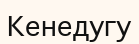
Кенедугу